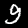
Digit: 9